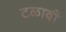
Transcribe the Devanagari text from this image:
टळावी